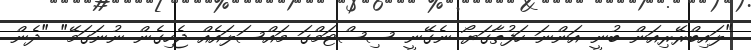
"ލައިބްރޭރިއަން ބުނީ އަންނަ ހަފުތާގަޔޯ ނެގޭނީ ސިސްޓަމްގަ މައްސަލައެއް ޖެހިގެން ނުނަގަމޭ" "ދެން